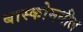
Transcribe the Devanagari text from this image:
बास्कोमधील